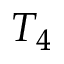
T _ { 4 }